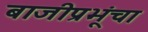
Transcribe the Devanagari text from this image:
बाजीप्रभूंचा